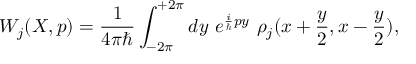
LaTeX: W _ { j } ( X , p ) = \frac { 1 } { 4 \pi \hbar } \int _ { - 2 \pi } ^ { + 2 \pi } d y ~ e ^ { { \frac { i } { \hbar } } p y } ~ \rho _ { j } ( x + { \frac { y } { 2 } } , x - { \frac { y } { 2 } } ) ,